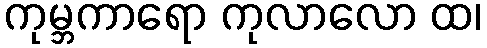
ကုမ္ဘကာရော ကုလာလော ထ၊